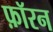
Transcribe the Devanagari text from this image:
फ़ॉरन